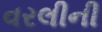
વરલીની